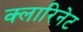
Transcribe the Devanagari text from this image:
क्लारिनेट